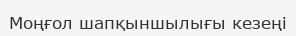
Моңғол шапқыншылығы кезеңі